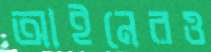
আইনেরও